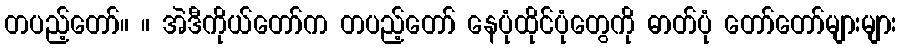
တပည့်တော်။ ။ အဲဒီကိုယ်တော်က တပည့်တော် နေပုံထိုင်ပုံတွေကို ဓာတ်ပုံ တော်တော်များများ